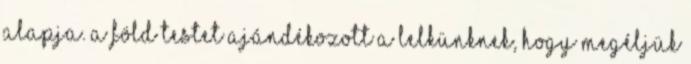
alapja. A Föld testet ajándékozott a lelkünknek, hogy megéljük